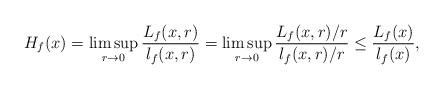
LaTeX: \begin{align*}H_f(x)=\limsup_{r\to 0}\frac{L_f(x,r)}{l_f(x,r)}=\limsup_{r\to 0}\frac{L_f(x,r)/r}{l_f(x,r)/r}\leq \frac{L_f(x)}{l_f(x)},\end{align*}